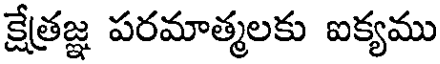
క్షేత్రజ్ఞ పరమాత్మలకు ఐక్యము